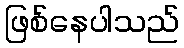
ဖြစ်နေပါသည်